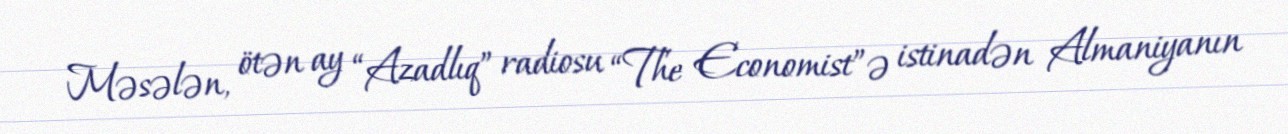
Məsələn, ötən ay “Azadlıq” radiosu “The Economist”ə istinadən Almaniyanın